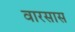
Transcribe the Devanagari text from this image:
वारसास